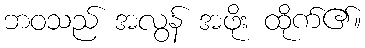
ဘဝသည် အလွန် အဖိုး ထိုက်၏။